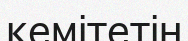
кемітетін